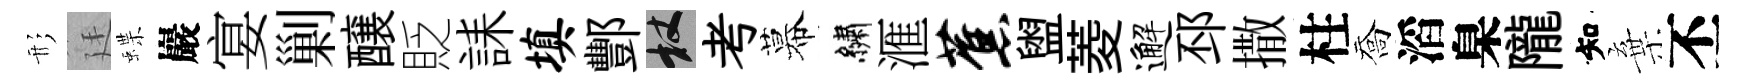
形廷蝶巖宴剿醸貶誄填酆杖考幕繡滙蕉盥菱邂邳撒柱喬滔臬隴知棄丕